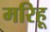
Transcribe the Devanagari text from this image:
मरिहू